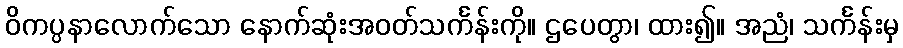
ဝိကပ္ပနာလောက်သော နောက်ဆုံးအဝတ်သင်္ကန်းကို။ ဌပေတွာ၊ ထား၍။ အညံ၊ သင်္ကန်းမှ